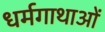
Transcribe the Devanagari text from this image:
धर्मगाथाओं